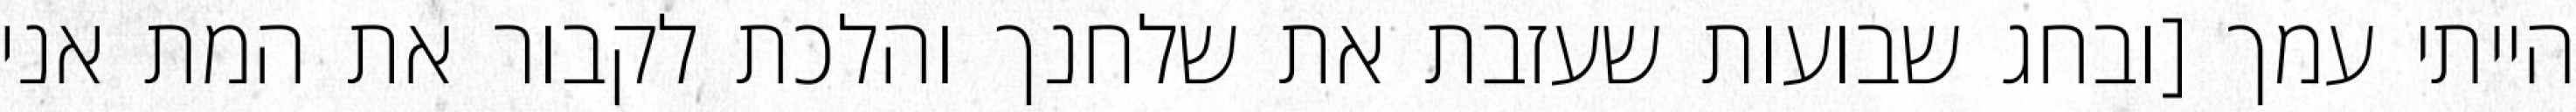
הייתי עמך [ובחג שבועות שעזבת את שלחנך והלכת לקבור את המת אני